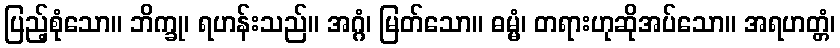
ပြည့်စုံသော။ ဘိက္ခု၊ ရဟန်းသည်။ အဂ္ဂံ၊ မြတ်သော။ ဓမ္မံ၊ တရားဟုဆိုအပ်သော။ အရဟတ္တံ၊